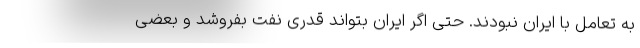
به تعامل با ایران نبودند. حتی اگر ایران بتواند قدری نفت بفروشد و بعضی